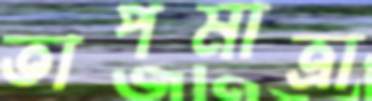
তাপমাত্রা